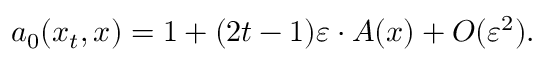
a _ { 0 } ( x _ { t } , x ) = 1 + ( 2 t - 1 ) \varepsilon \cdot A ( x ) + { \cal O } ( \varepsilon ^ { 2 } ) .